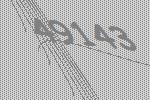
49143